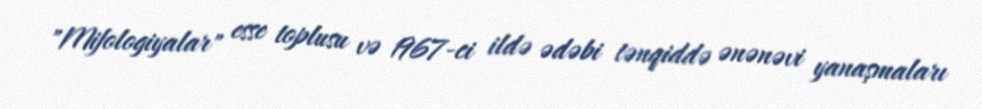
"Mifologiyalar" esse toplusu və 1967-ci ildə ədəbi tənqiddə ənənəvi yanaşmaları